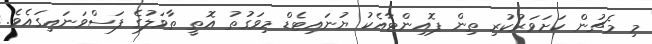
މި މެޗުން ކަށަވަރުކުރި ތިން ޕޮއިންޓާއެކު ޔުނައިޓެޑް މިވަގުތު އޮތީ ތާވަލުގެ ފަސްވަނައިގައެވެ.